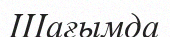
Шағымда